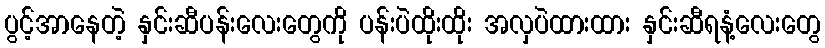
ပွင့်အာနေတဲ့ နှင်းဆီပန်းလေးတွေကို ပန်းပဲထိုးထိုး အလှပဲထားထား နှင်းဆီရနံ့လေးတွေ